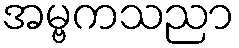
အမ္ဗကသညာ